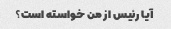
آیا رئیس از من خواسته است؟